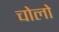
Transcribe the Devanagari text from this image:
चोलो